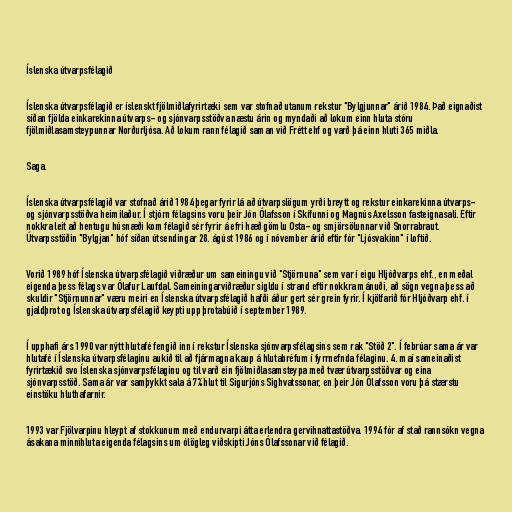
Íslenska útvarpsfélagið

Íslenska útvarpsfélagið er íslenskt fjölmiðlafyrirtæki sem var stofnað utanum rekstur "Bylgjunnar" árið 1984. Það eignaðist
síðan fjölda einkarekinna útvarps- og sjónvarpsstöðva næstu árin og myndaði að lokum einn hluta stóru
fjölmiðlasamsteypunnar Norðurljósa. Að lokum rann félagið saman við Frétt ehf og varð þá einn hluti 365 miðla.

Saga.

Íslenska útvarpsfélagið var stofnað árið 1984 þegar fyrir lá að útvarpslögum yrði breytt og rekstur einkarekinna útvarps-
og sjónvarpsstöðva heimilaður. Í stjórn félagsins voru þeir Jón Ólafsson í Skífunni og Magnús Axelsson fasteignasali. Eftir
nokkra leit að hentugu húsnæði kom félagið sér fyrir á efri hæð gömlu Osta- og smjörsölunnar við Snorrabraut.
Útvarpsstöðin "Bylgjan" hóf síðan útsendingar 28. ágúst 1986 og í nóvember árið eftir fór "Ljósvakinn" í loftið.

Vorið 1989 hóf Íslenska útvarpsfélagið viðræður um sameiningu við "Stjörnuna" sem var í eigu Hljóðvarps ehf., en meðal
eigenda þess félags var Ólafur Laufdal. Sameiningarviðræður sigldu í strand eftir nokkra mánuði, að sögn vegna þess að
skuldir "Stjörnunnar" væru meiri en Íslenska útvarpsfélagið hafði áður gert sér grein fyrir. Í kjölfarið fór Hljóðvarp ehf. í
gjaldþrot og Íslenska útvarpsfélagið keypti upp þrotabúið í september 1989.

Í upphafi árs 1990 var nýtt hlutafé fengið inn í rekstur Íslenska sjónvarpsfélagsins sem rak "Stöð 2". Í febrúar sama ár var
hlutafé í Íslenska útvarpsfélaginu aukið til að fjármagna kaup á hlutabréfum í fyrrnefnda félaginu. 4. maí sameinaðist
fyrirtækið svo Íslenska sjónvarpsfélaginu og til varð ein fjölmiðlasamsteypa með tvær útvarpsstöðvar og eina
sjónvarpsstöð. Sama ár var samþykkt sala á 7% hlut til Sigurjóns Sighvatssonar, en þeir Jón Ólafsson voru þá stærstu
einstöku hluthafarnir.

1993 var Fjölvarpinu hleypt af stokkunum með endurvarpi átta erlendra gervihnattastöðva. 1994 fór af stað rannsókn vegna
ásakana minnihluta eigenda félagsins um ólögleg viðskipti Jóns Ólafssonar við félagið.